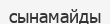
сынамайды